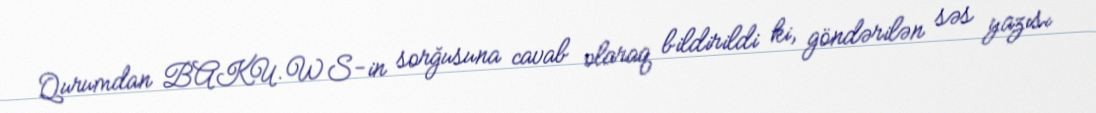
Qurumdan BAKU.WS-in sorğusuna cavab olaraq bildirildi ki, göndərilən səs yazısı